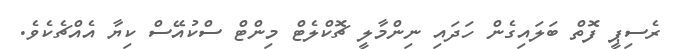
ރެސިޕީ ފޮތް ބަލައިގެން ހަދައި ނިންމާލީ ޗޮކްލެޓް މިންޓް ސްކުއޭސް ކިޔާ އެއްޗެކެވެ.